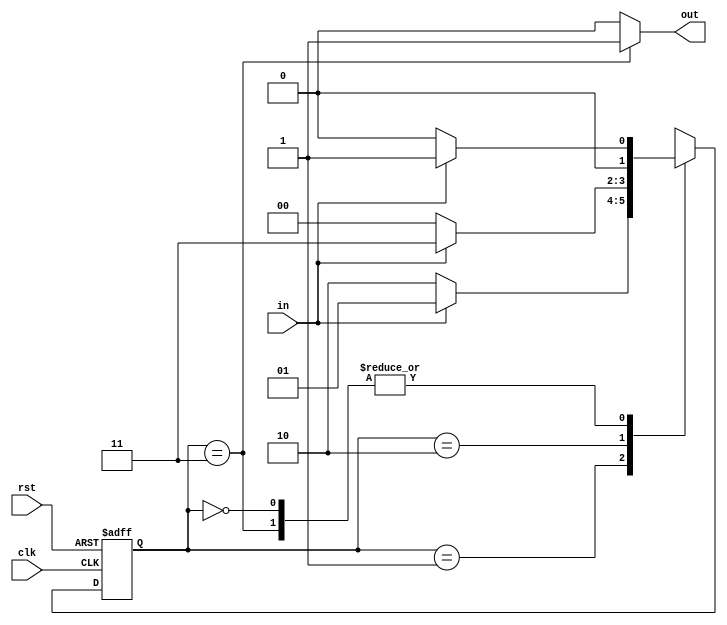
`timescale 1ns / 1ps


module moore_fsm_nov(clk,rst,in,out);
input clk,rst,in;
output reg out;
parameter s0=2'b00,s1=2'b01,s2=2'b10,s3=2'b11;
reg [1:0]cst,nst;
always@(posedge clk or posedge rst)begin
if(rst)
 cst<=s0;
 else
  begin 
  cst<=nst;
  end
  end 
  always@(*) begin 
  out<=1'b0;
  nst<=cst;
  case(cst)
   s0:begin if(in)
       nst<=s1;
      else
       nst<=s0;
       end 
    s1:begin if(in) 
       nst<=s1;
       else
        nst<=s2;
        end 
      s2:begin if(in) 
       nst<=s3;
      else
       nst<=s0;
       end 
       s3:begin out<=1'b1;
       if(in)
        nst<=s1;
        else
        nst<=s0;
        end 
        default: nst<=s0;
       endcase 
       end     
endmodule